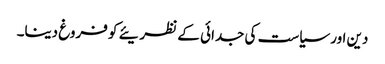
دین اور سیاست کی جدائی کے نظریئے کو فروغ دینا۔